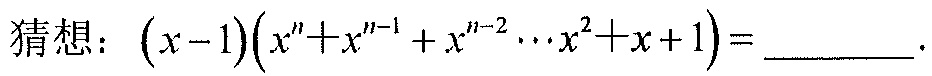
猜想：\((x - 1)(x^{n}+x^{n - 1}+x^{n - 2}\cdots x^{2}+x + 1)=\underline{\quad\quad}\).